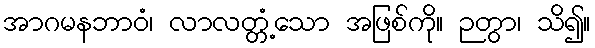
အာဂမနဘာဝံ၊ လာလတ္တံ့သော အဖြစ်ကို။ ဉတွာ၊ သိ၍။